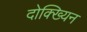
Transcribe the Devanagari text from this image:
दोक्ख्यिन